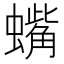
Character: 蟕